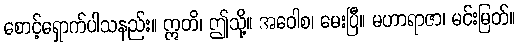
စောင့်ရှောက်ပါသနည်း။ ဣတိ၊ ဤသို့။ အဝေါစ၊ မေးပြီ။ မဟာရာဇာ၊ မင်းမြတ်။